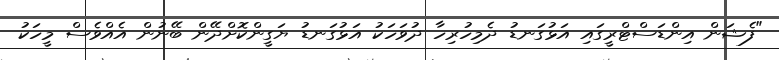
"ފެޝަން އިންޑަސްޓްރީގައި އަޅުގަނޑު ދެމިހުރިހާ ދުވަހަކު އަޅުގަނޑު ޔަގީންކޮށްދޭން ބޭނުން އެއްވެސް މީހަކު